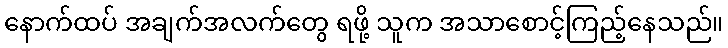
နောက်ထပ် အချက်အလက်တွေ ရဖို့ သူက အသာစောင့်ကြည့်နေသည်။